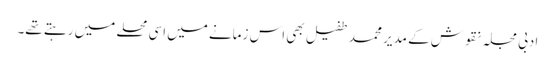
ادبی مجلہ نقوش کے مدیر محمد طفیل بھی اس زمانے میں اسی محلے میں رہتے تھے۔